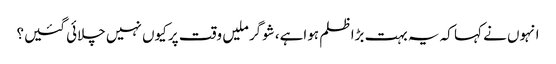
انہوں نے کہا کہ یہ بہت بڑا ظلم ہواہے، شوگر ملیں وقت پر کیوں نہیں چلائی گئیں؟